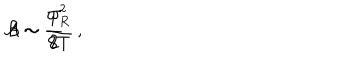
{ \cal A } \sim \frac { \omega _ { R } ^ { 2 } } { 8 T } \, , \hspace { 0 . 5 c m } { \cal B } \sim \frac { T } { 2 } \, .